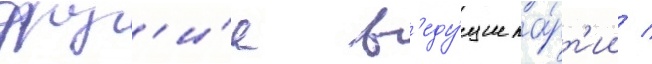
друг'и́е в'еду́щие па́рт'ии /